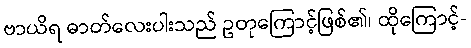
ဗာယိရ ဓာတ်လေးပါးသည် ဥတုကြောင့်ဖြစ်၏၊ ထိုကြောင့်-